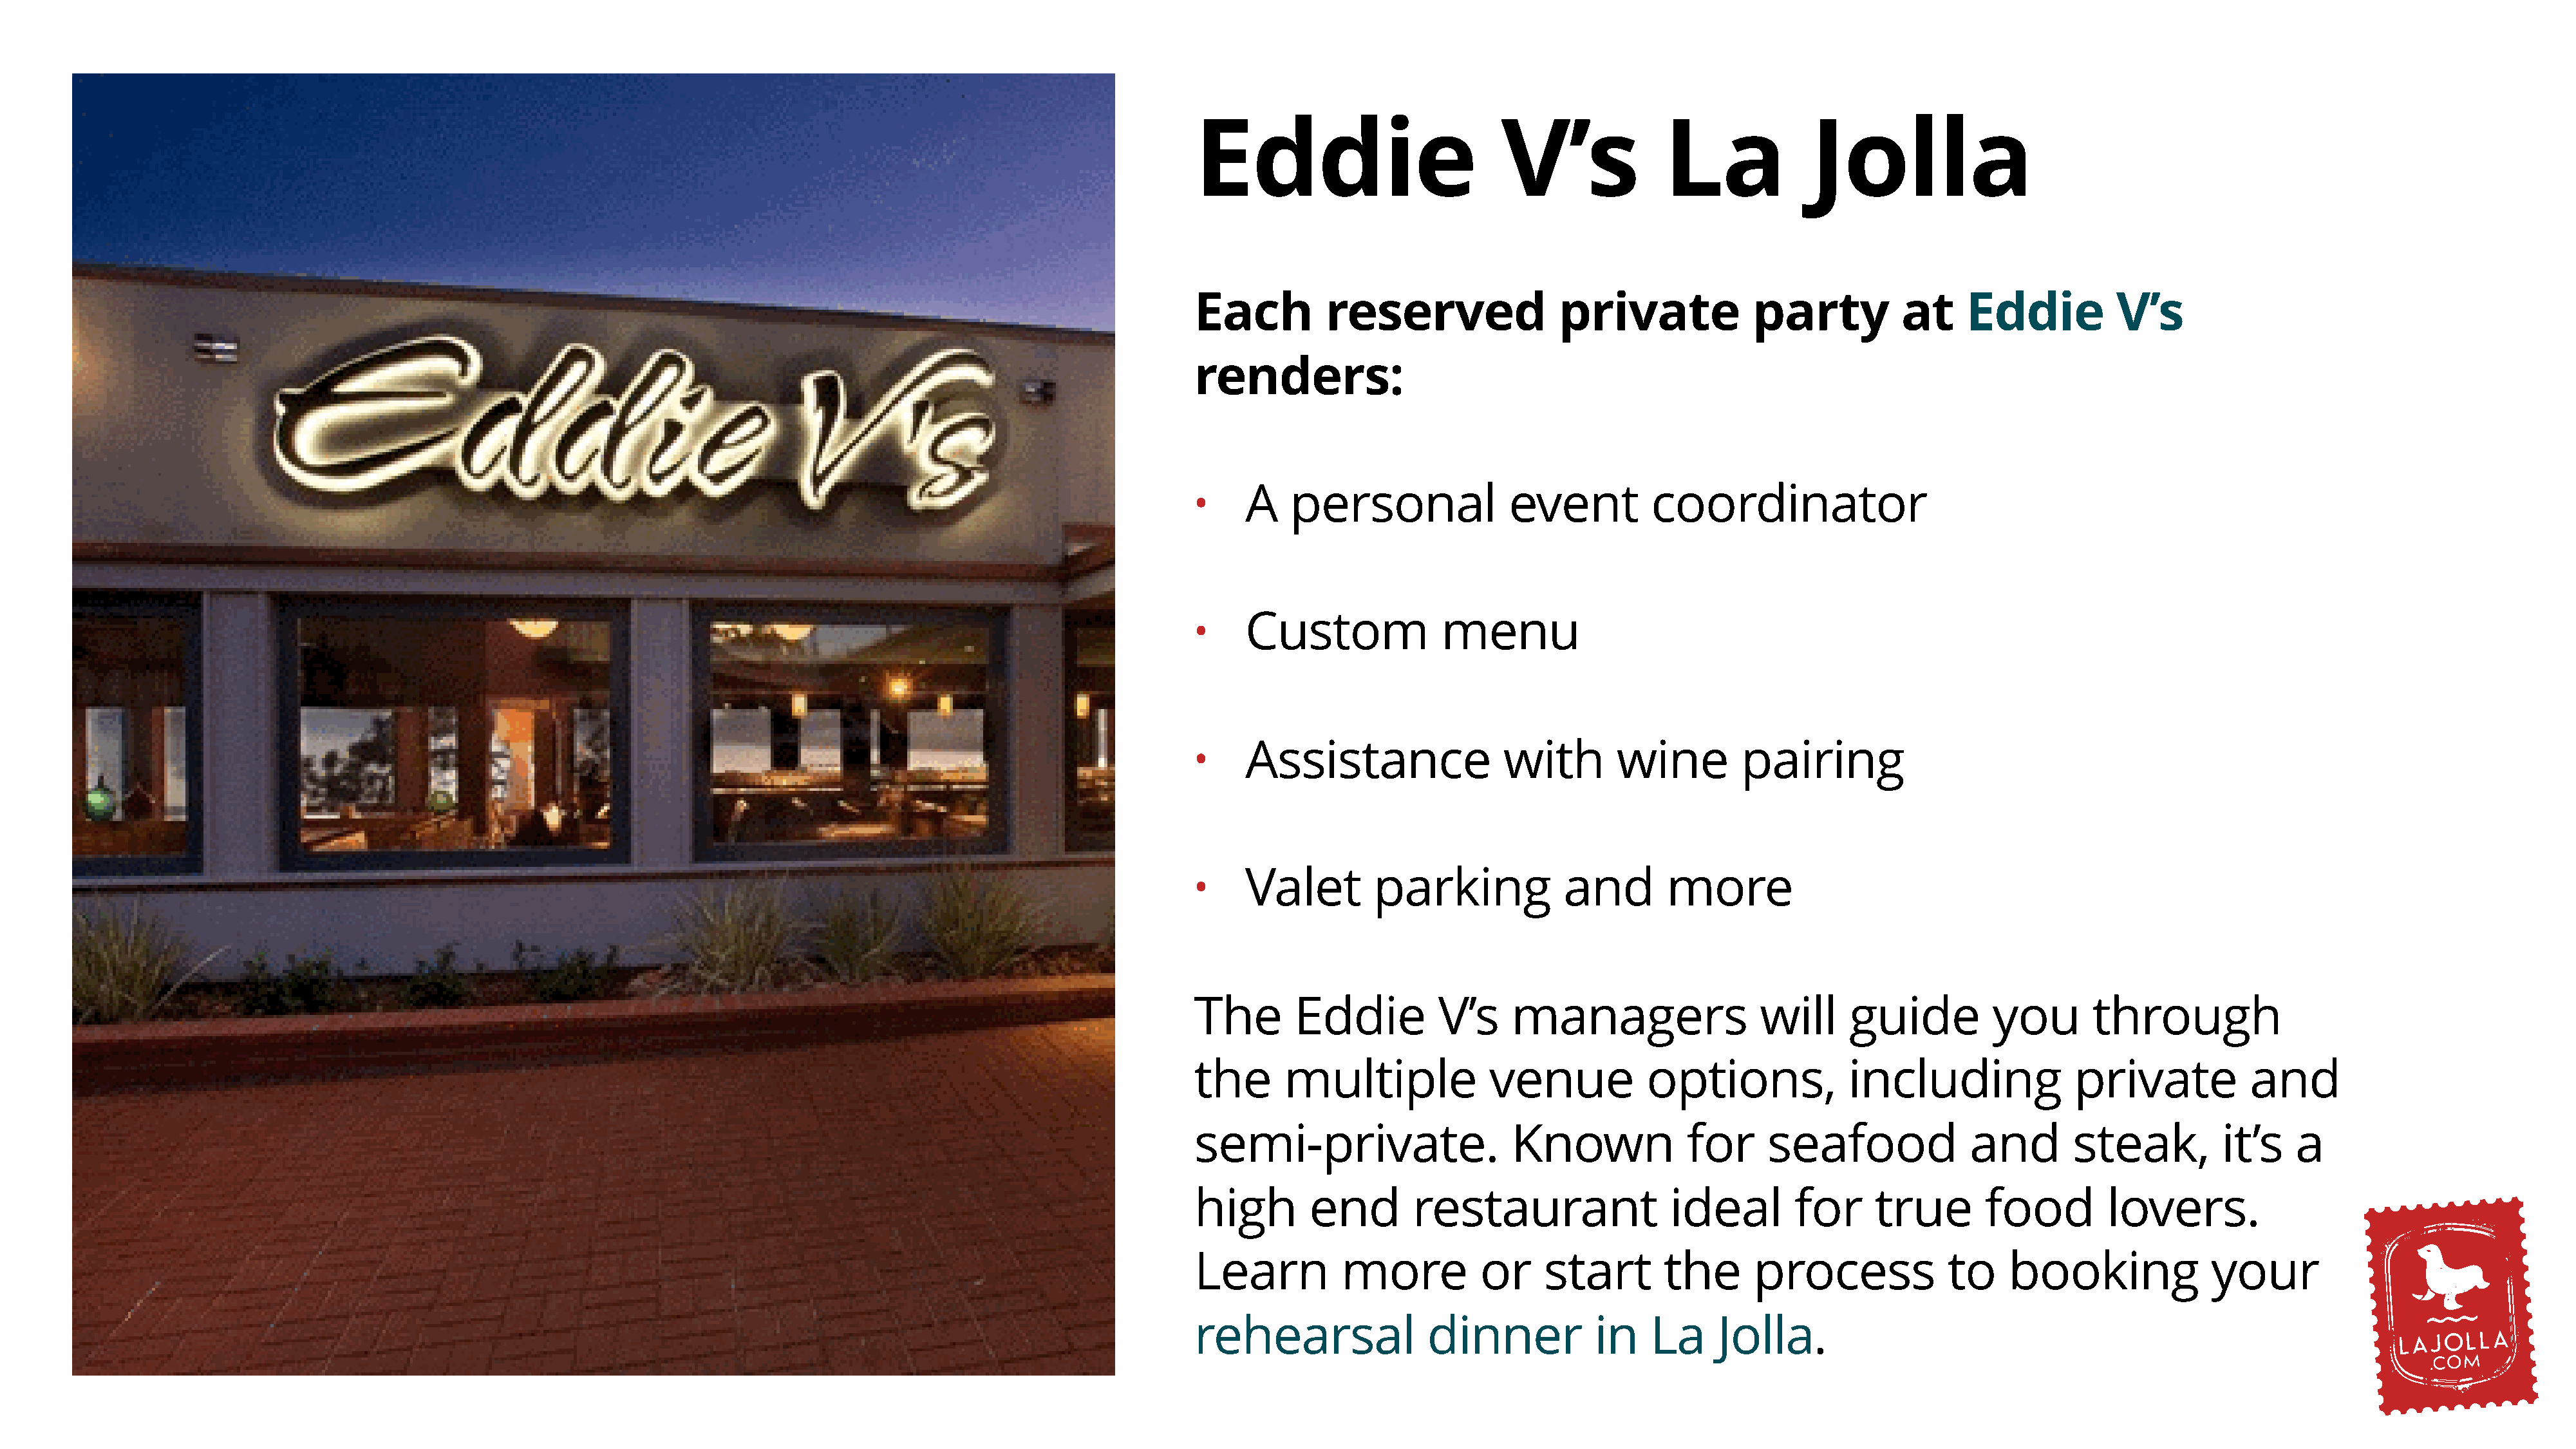
Eddie                          V’s              La             Jolla
 Each         reserved                private             party          at     Eddie           V’s
 renders:
 A    personal              event          coordinator
 •
 Custom              menu
 •
 Assistance                 with       wine         pairing
 •
 Valet        parking             and       more
 •
 The       Eddie          V’s    managers                  will     guide          you       through
 the      multiple             venue           options,             including              private           and
 semi-private.                   Known             for      seafood             and        steak,         it’s    a
 high        end       restaurant                 ideal       for      true       food         lovers.
 Learn          more          or     start       the      process             to    booking              your
 rehearsal               dinner           in    La     Jolla.